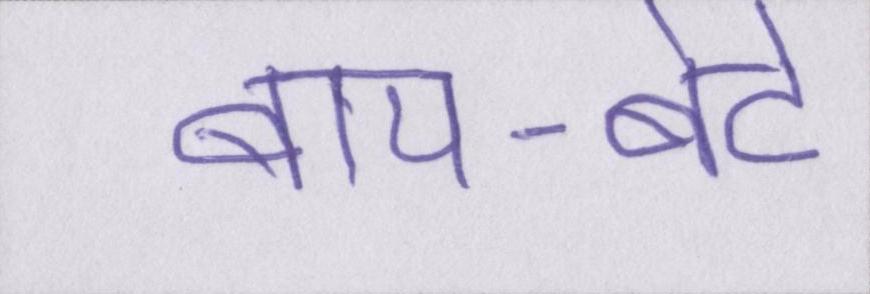
बाप-बेटे